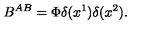
B ^ { A B } = \Phi \delta ( x ^ { 1 } ) \delta ( x ^ { 2 } ) .